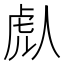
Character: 䖋